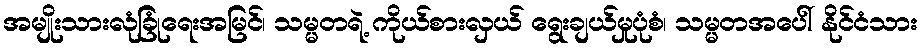
အမျိုးသားလုံခြုံရေးအမြင်၊ သမ္မတရဲ့ ကိုယ်စားလှယ် ရွေးချယ်မှုပုံစံ၊ သမ္မတအပေါ် နိုင်ငံသား